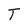
Character: I